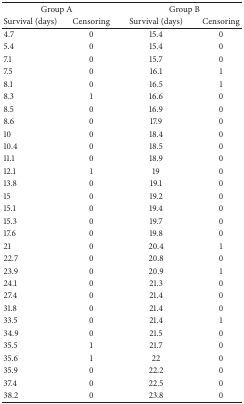
<table><thead><tr><td colspan="2"><b>Group A</b></td><td colspan="2"><b>Group B</b></td></tr><tr><td><b>Survival (days)</b></td><td><b>Censoring</b></td><td><b>Survival (days)</b></td><td><b>Censoring</b></td></tr></thead><tbody><tr><td>4.7</td><td>0</td><td>15.4</td><td>0</td></tr><tr><td>5.4</td><td>0</td><td>15.4</td><td>0</td></tr><tr><td>7.1</td><td>0</td><td>15.7</td><td>0</td></tr><tr><td>7.5</td><td>0</td><td>16.1</td><td>1</td></tr><tr><td>8.1</td><td>0</td><td>16.5</td><td>1</td></tr><tr><td>8.3</td><td>1</td><td>16.6</td><td>0</td></tr><tr><td>8.5</td><td>0</td><td>16.9</td><td>0</td></tr><tr><td>8.6</td><td>0</td><td>17.9</td><td>0</td></tr><tr><td>10</td><td>0</td><td>18.4</td><td>0</td></tr><tr><td>10.4</td><td>0</td><td>18.5</td><td>0</td></tr><tr><td>11.1</td><td>0</td><td>18.9</td><td>0</td></tr><tr><td>12.1</td><td>1</td><td>19</td><td>0</td></tr><tr><td>13.8</td><td>0</td><td>19.1</td><td>0</td></tr><tr><td>15</td><td>0</td><td>19.2</td><td>0</td></tr><tr><td>15.1</td><td>0</td><td>19.4</td><td>0</td></tr><tr><td>15.3</td><td>0</td><td>19.7</td><td>0</td></tr><tr><td>17.6</td><td>0</td><td>19.8</td><td>0</td></tr><tr><td>21</td><td>0</td><td>20.4</td><td>1</td></tr><tr><td>22.7</td><td>0</td><td>20.8</td><td>0</td></tr><tr><td>23.9</td><td>0</td><td>20.9</td><td>1</td></tr><tr><td>24.1</td><td>0</td><td>21.3</td><td>0</td></tr><tr><td>27.4</td><td>0</td><td>21.4</td><td>0</td></tr><tr><td>31.8</td><td>0</td><td>21.4</td><td>0</td></tr><tr><td>33.5</td><td>0</td><td>21.4</td><td>1</td></tr><tr><td>34.9</td><td>0</td><td>21.5</td><td>0</td></tr><tr><td>35.5</td><td>1</td><td>21.7</td><td>0</td></tr><tr><td>35.6</td><td>1</td><td>22</td><td>0</td></tr><tr><td>35.9</td><td>0</td><td>22.2</td><td>0</td></tr><tr><td>37.4</td><td>0</td><td>22.5</td><td>0</td></tr><tr><td>38.2</td><td>0</td><td>23.8</td><td>0</td></tr></tbody></table>